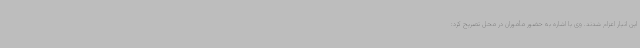
این انبار اعزام شدند. وی با اشاره به حضور مأموران در محل تصریح کرد: